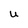
Character: U